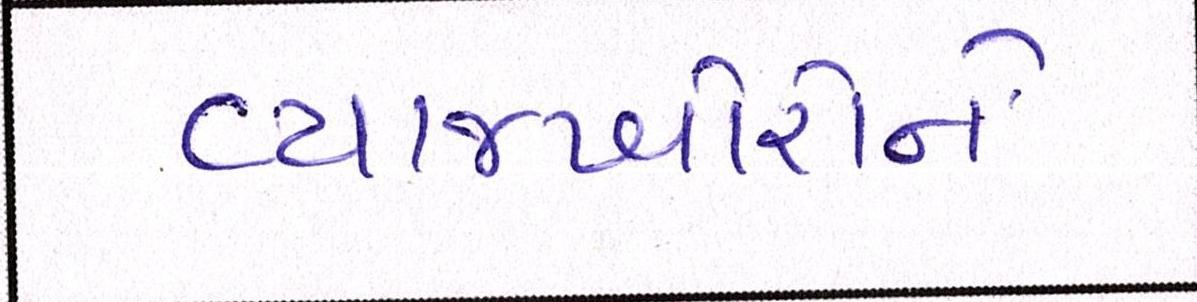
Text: વ્યાજખોરોને